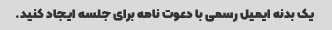
یک بدنه ایمیل رسمی با دعوت نامه برای جلسه ایجاد کنید.